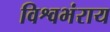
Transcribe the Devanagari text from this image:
विश्वभंराय